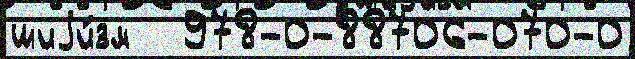
шиjи́зм   978-0-88706-070-0